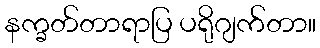
နက္ခတ်တာရာပြ ပရိုဂျက်တာ။